Lunatic asylums in Bengal annual reports 1899-1911 - 1899-1911
Year: 1899
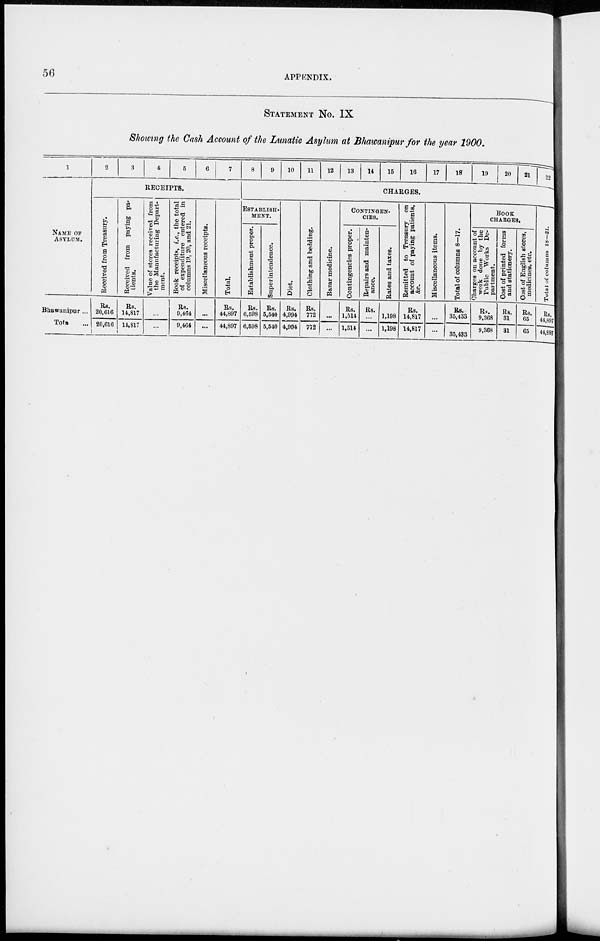
56
APPENDIX.
STATEMENT No. IX
Showing the Cash Account of the Lunatic Asylum at Bhawanipur for the year 1900.
1
NAME OF
ASYLUM.
Bhawanipur ...
Total ...
2
3
4
5
6
7
RECEIPTS.
Received from Treasury.
Rs.
20,616
20,616
Received from paying pa-
tients.
R9.
14,817
14,817
Value of stores received from
the Manufacturing Depart-
ment.
...
...
Book receipts, i.e., the total
of expenditure entered in
columns 19, 20, and 21.
Rs.
9,464
9,464
Miscellaneous receipts.
...
...
Total.
Rs.
44,897
44,897
8
9
10
11
12
13
14
15
16
17
18
19
20
21
22
CHARGES.
ESTABLISH¬
MENT.
Establishment proper.
Rs.
6,598
6,698
Superintendence.
Rs.
5,540
5,540
Diet.
Rs.
4,994
4,994
Clothing and bedding.
Rs.
772
772
Bazar medicine.
...
...
CONTINGEN¬
-----
Contingencies proper.
Rs.
1,514
1,514
Repairs and mainten-
ance.
Rs.
...
...
Rates and taxes.
1,198
1,198
Remitted to Treasury on
account of paying patients,
&c.
Rs.
14,817
14,817
Miscellaneous items.
...
...
Total of columns 8—17.
Rs.
35,433
35,433
BOOK
CHARGEE.
Charges on account of
work done by the
Public Works De-
partment.
Rs.
9,368
9,368
Cost of printed forms
and stationery.
Rs.
31
31
Cost of English stores,
medicines, etc.
Rs.
65
65
Total of columns 18—21.
Rs
44,897
44,897